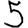
Digit: 5